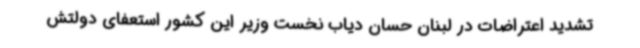
تشدید اعتراضات در لبنان حسان دیاب نخست وزیر این کشور استعفای دولتش